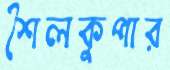
শৈলকুপার